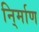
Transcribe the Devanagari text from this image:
नि्र्माण